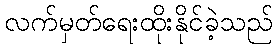
လက်မှတ်ရေးထိုးနိုင်ခဲ့သည်